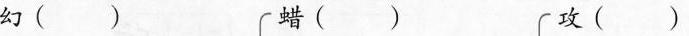
幻()蜡()攻()